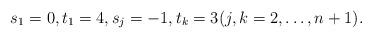
LaTeX: \begin{align*}s_1 = 0, t_1 = 4, s_j=-1,t_k= 3(j, k = 2, \dots, n+1).\end{align*}